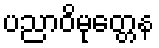
ပညာဝိမုတ္တေန